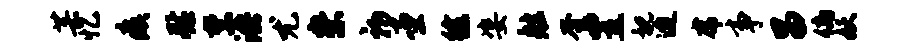
芸忆瘼慰禁洪尤崇初堂徐姿舷奎置视迨虎事昌倘妖